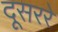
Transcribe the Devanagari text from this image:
दूसररे